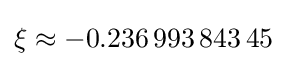
\xi \approx -0.236\,993\,843\,45